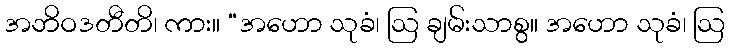
အဘိဝဒတီတိ၊ ကား။ “အဟော သုခံ၊ ဩ ချမ်းသာစွ။ အဟော သုခံ၊ ဩ